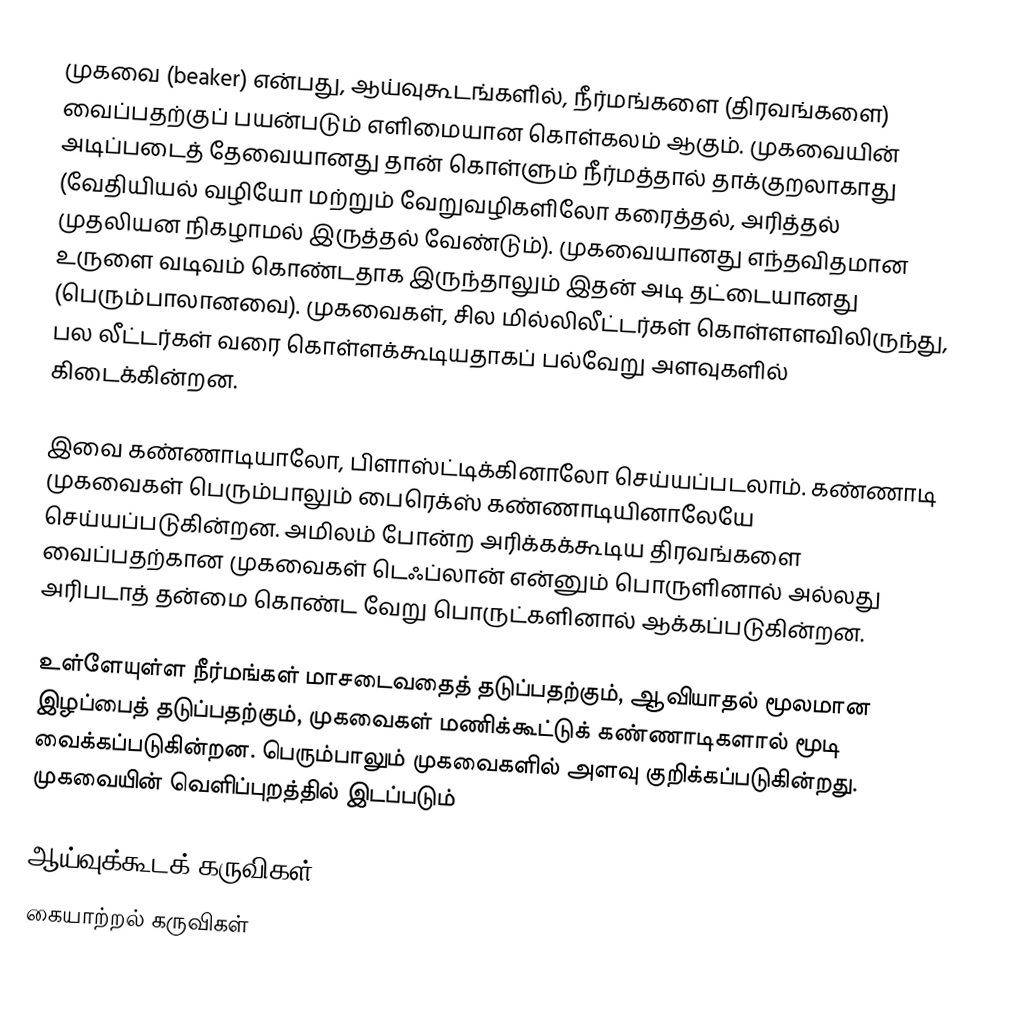
முகவை (beaker) என்பது, ஆய்வுகூடங்களில், நீர்மங்களை (திரவங்களை) வைப்பதற்குப் பயன்படும் எளிமையான கொள்கலம் ஆகும். முகவையின் அடிப்படைத் தேவையானது தான் கொள்ளும் நீர்மத்தால் தாக்குறலாகாது (வேதியியல் வழியோ மற்றும் வேறுவழிகளிலோ கரைத்தல், அரித்தல் முதலியன நிகழாமல் இருத்தல் வேண்டும்). முகவையானது எந்தவிதமான உருளை வடிவம் கொண்டதாக இருந்தாலும் இதன் அடி தட்டையானது (பெரும்பாலானவை). முகவைகள், சில மில்லிலீட்டர்கள் கொள்ளளவிலிருந்து, பல லீட்டர்கள் வரை கொள்ளக்கூடியதாகப் பல்வேறு அளவுகளில் கிடைக்கின்றன.

இவை கண்ணாடியாலோ, பிளாஸ்ட்டிக்கினாலோ செய்யப்படலாம். கண்ணாடி முகவைகள் பெரும்பாலும் பைரெக்ஸ் கண்ணாடியினாலேயே செய்யப்படுகின்றன. அமிலம் போன்ற அரிக்கக்கூடிய திரவங்களை வைப்பதற்கான முகவைகள் டெஃப்லான் என்னும் பொருளினால் அல்லது அரிபடாத் தன்மை கொண்ட வேறு பொருட்களினால் ஆக்கப்படுகின்றன.

உள்ளேயுள்ள நீர்மங்கள் மாசடைவதைத் தடுப்பதற்கும், ஆவியாதல் மூலமான இழப்பைத் தடுப்பதற்கும், முகவைகள் மணிக்கூட்டுக் கண்ணாடிகளால் மூடி வைக்கப்படுகின்றன. பெரும்பாலும் முகவைகளில் அளவு குறிக்கப்படுகின்றது. முகவையின் வெளிப்புறத்தில் இடப்படும்

ஆய்வுக்கூடக் கருவிகள்
கையாற்றல் கருவிகள்